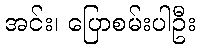
အင်း၊ ပြောစမ်းပါဦး